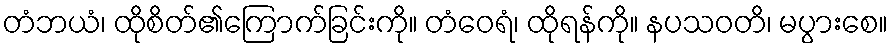
တံဘယံ၊ ထိုစိတ်၏ကြောက်ခြင်းကို။ တံဝေရံ၊ ထိုရန်ကို။ နပသဝတိ၊ မပွားစေ။